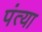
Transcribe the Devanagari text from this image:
पंत्या